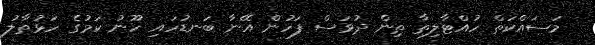
މަސައްކަތް ހުއްޓާލިތާ ތިން ދުވަސް ފަހުން އޭނާ ބަނޑުހައި ހޫނު ކަމުގެ ހަޅުތާލު